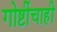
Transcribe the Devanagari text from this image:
गोष्टींचाही